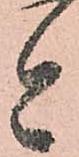
今